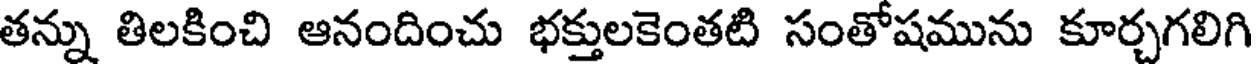
తన్ను తిలకించి ఆనందించు భక్తులకెంతటి సంతోషమును కూర్చగలిగి